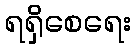
ရရှိစေရေး